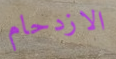
الازدحام